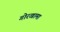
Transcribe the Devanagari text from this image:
गोरखामा